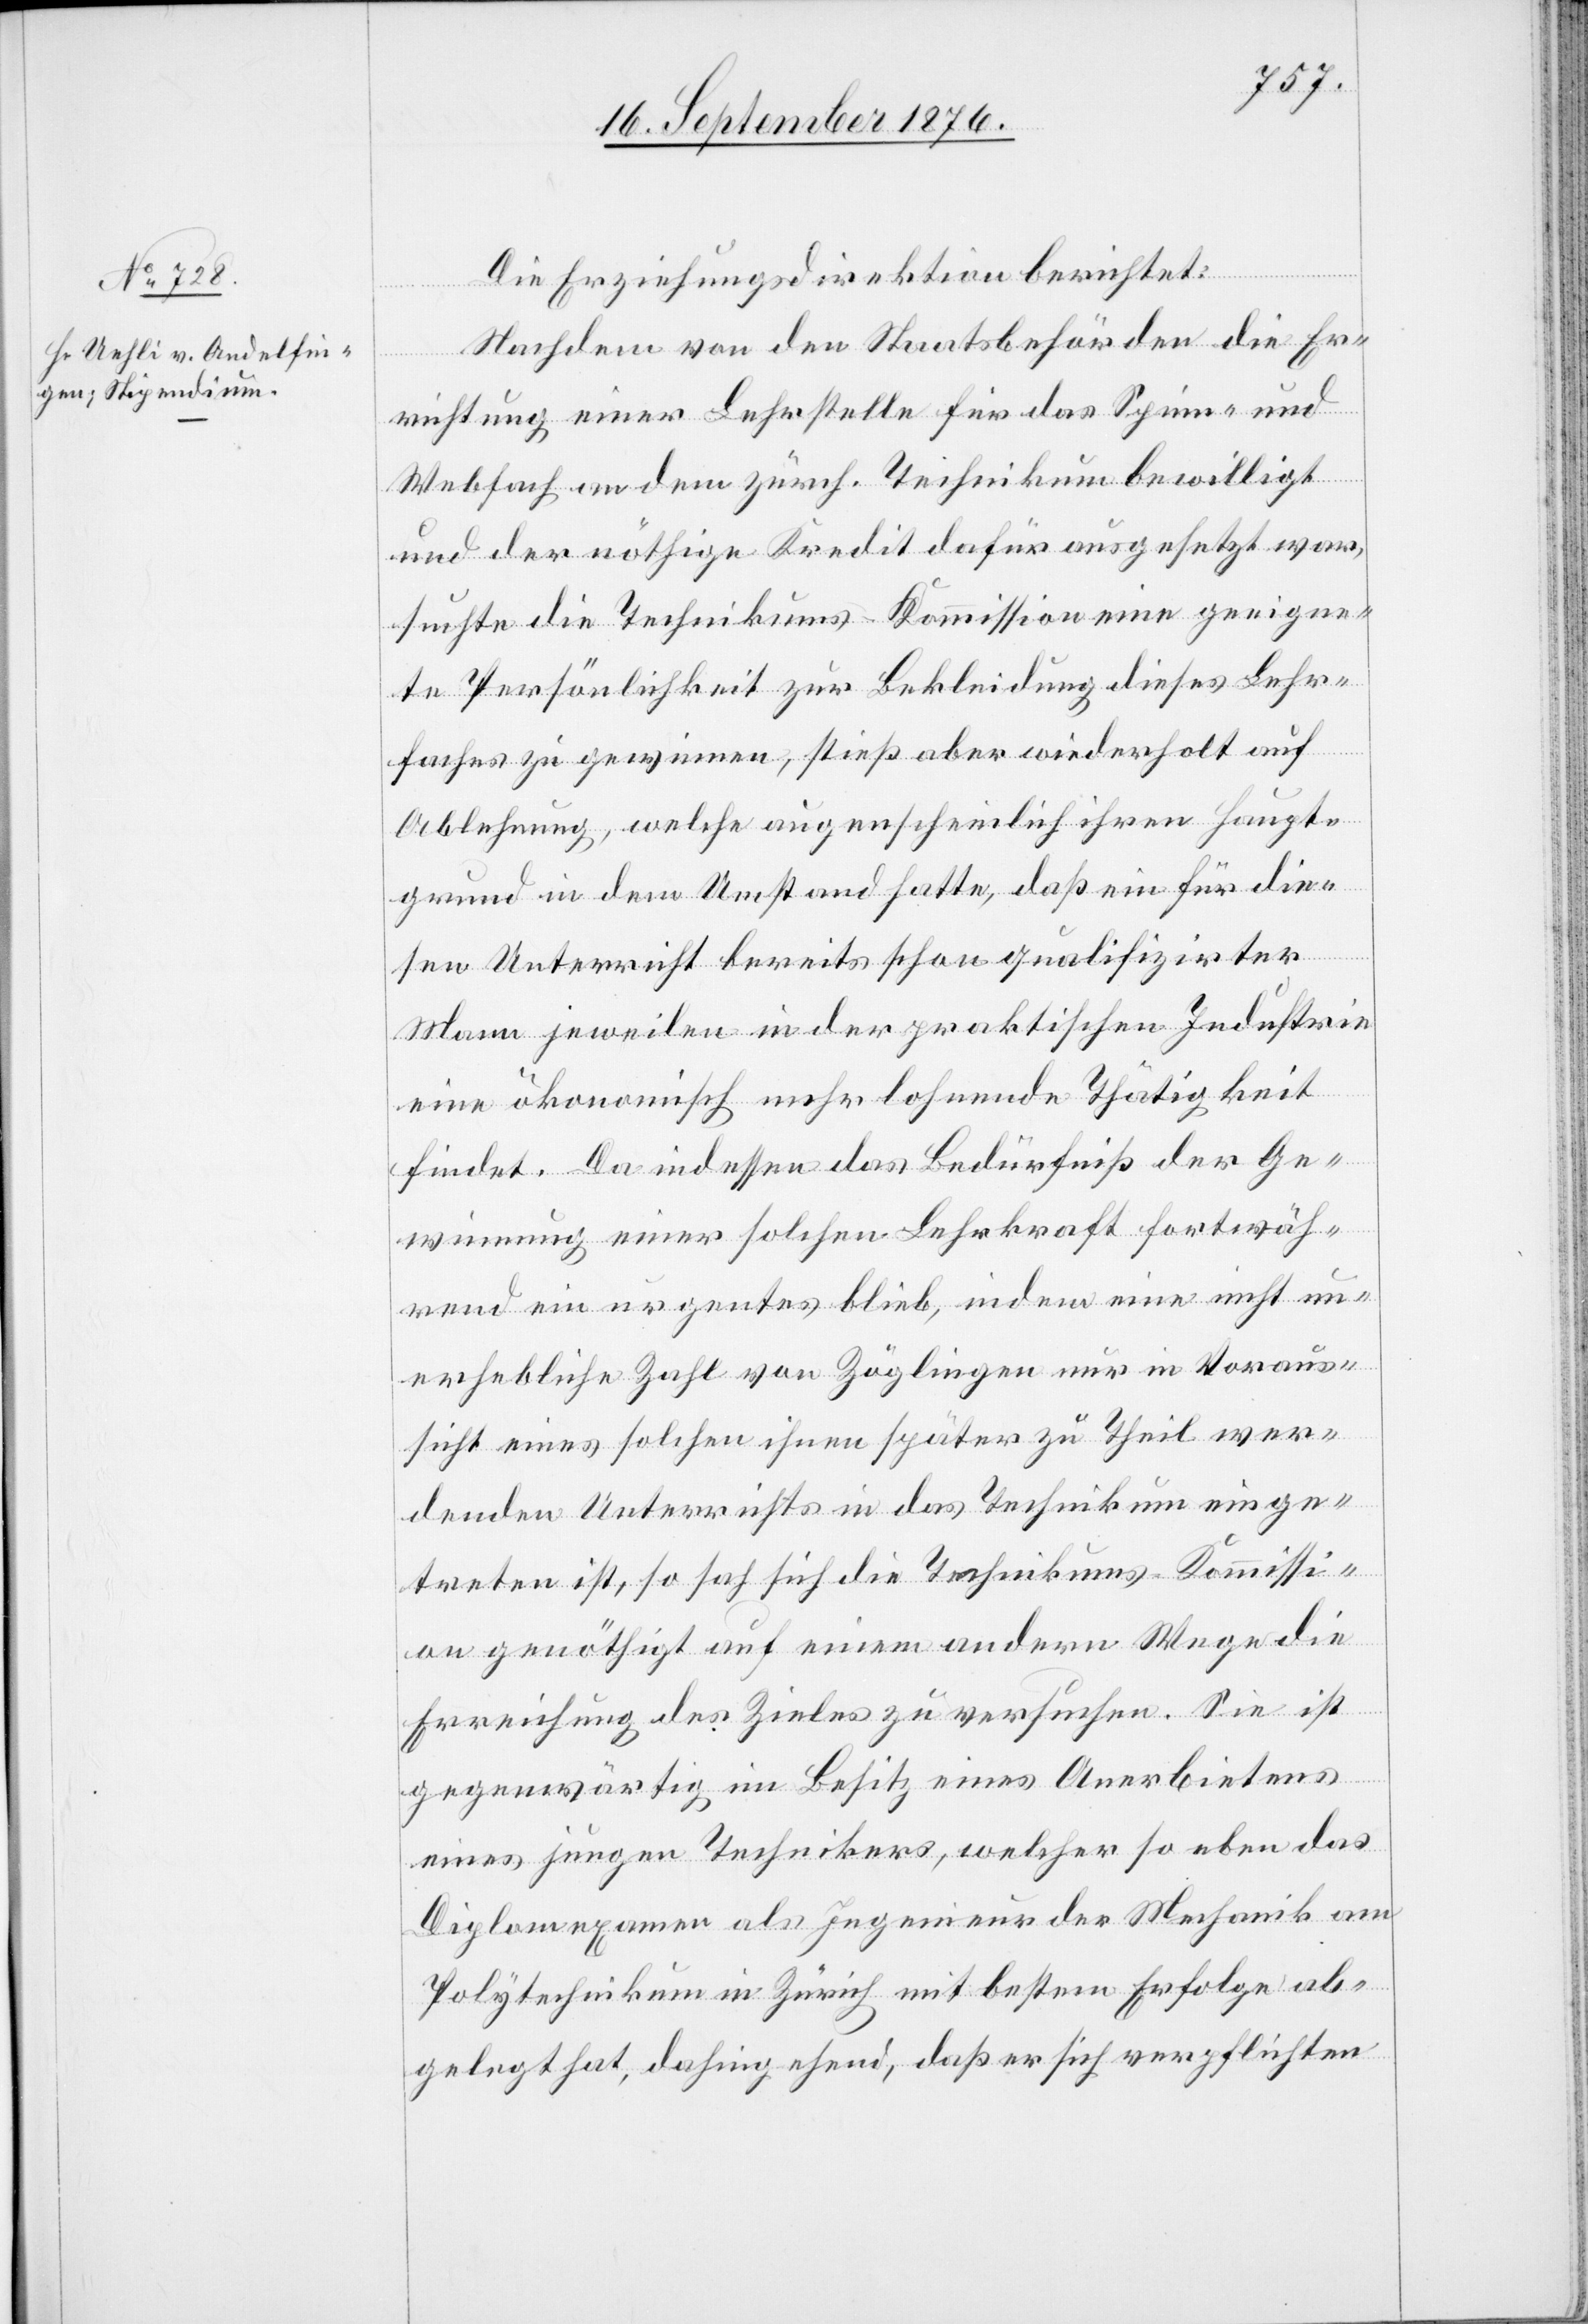
Die Erziehungsdirektion berichtet:
Nachdem von den Staatsbehörden die Er¬
richtung einer Lehrstelle für das Spinn- und
Webfach an dem zürch. Technikum bewilligt
und der nöthige Kredit dafür ausgesetzt war,
suchte die Technikums-Kommission eine geeigne¬
te Persönlichkeit zur Bekleidung dieses Lehr¬
faches zu gewinnen, stieß aber wiederholt auf
Ablehnung, welche augenscheinlich ihren Haupt¬
grund in dem Umstand hatte, daß ein für die¬
sen Unterricht bereits schon qualifizirter
Mann jeweilen in der praktischen Industrie
eine ökonomisch mehr lohnende Thätigkeit
findet. Da indessen das Bedürfniß der Ge¬
winnung einer solchen Lehrkraft fortwäh¬
rend ein urgentes blieb, indem eine nicht un¬
erhebliche Zahl von Zöglingen nur in Voraus¬
sicht eines solchen ihnen später zu Theil wer¬
denden Unterrichts in das Technikum einge¬
treten ist, so sah sich die Technikums-Kommissi¬
on genöthigt auf einem andern Wege die
Erreichung des Zieles zu versuchen. Sie ist
gegenwärtig im Besitz eines Anerbietens
eines jungen Technikers, welcher so eben das
Diplomexamen als Ingenieur der Mechanik am
Polytechnikum in Zürich mit bestem Erfolge ab¬
gelegt hat, dahingehend, das er sich verpflichten